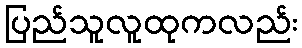
ပြည်သူလူထုကလည်း